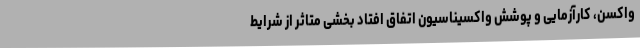
واکسن، کارآزمایی و پوشش واکسیناسیون اتفاق افتاد بخشی متاثر از شرایط